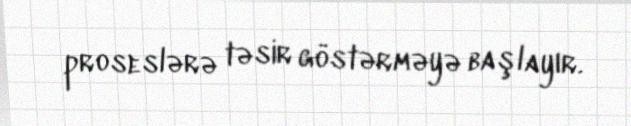
proseslərə təsir göstərməyə başlayır.